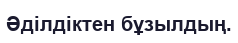
Әділдіктен бұзылдың.